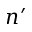
n ^ { \prime }